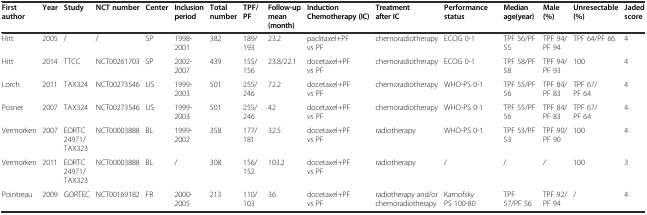
| First author | Year | Study | NCT number | Center | Inclusion period | Total number | TPF/PF | Follow-up mean (month) | Induction Chemotherapy (IC) | Treatment after IC | Performance status | Median age(year) | Male (%) | Unresectable (%) | Jaded score |
 | --- | --- | --- | --- | --- | --- | --- | --- | --- | --- | --- | --- | --- | --- | --- | --- |
 | Hitt | 2005 | / | / | SP | 1998-2001 | 382 | 189/193 | 23.2 | paclitaxel+PF vs PF | chemoradiotherapy | ECOG 0-1 | TPF 56/PF 55 | TPF 94/PF 94 | TPF 64/PF 66 | 4 |
 | Hitt | 2014 | TTCC | NCT00261703 | SP | 2002-2007 | 439 | 155/156 | 23.8/22.1 | docetaxel+PF vs PF | chemoradiotherapy | ECOG 0-1 | TPF 58/PF 58 | TPF 94/PF 93 | 100 | 4 |
 | Lorch | 2011 | TAX324 | NCT00273546 | US | 1999-2003 | 501 | 255/246 | 72.2 | docetaxel+PF vs PF | chemoradiotherapy | WHO-PS 0-1 | TPF 55/PF 56 | TPF 84/PF 83 | TPF 67/PF 64 | 4 |
 | Posner | 2007 | TAX324 | NCT00273546 | US | 1999-2003 | 501 | 255/246 | 42 | docetaxel+PF vs PF | chemoradiotherapy | WHO-PS 0-1 | TPF 55/PF 56 | TPF 84/PF 83 | TPF 67/PF 64 | 4 |
 | Vermorken | 2007 | EORTC 24971/TAX323 | NCT00003888 | BL | 1999-2002 | 358 | 177/181 | 32.5 | docetaxel+PF vs PF | radiotherapy | WHO-PS 0-1 | TPF 53/PF 53 | TPF 90/PF 90 | 100 | 4 |
 | Vermorken | 2011 | EORTC 24971/TAX323 | NCT00003888 | BL | / | 308 | 156/152 | 103.2 | docetaxel+PF vs PF | radiotherapy | / | / | / | 100 | 3 |
 | Pointreau | 2009 | GORTEC | NCT00169182 | FR | 2000-2005 | 213 | 110/103 | 36 | docetaxel+PF vs PF | radiotherapy and/or chemoradiotherapy | Karnofsky PS 100-80 | TPF 57/PF 56 | TPF 92/PF 94 | / | 4 |